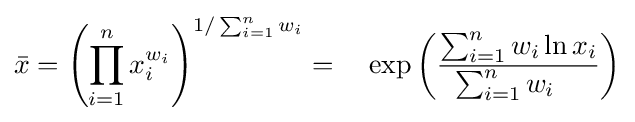
{\bar {x}}=\left(\prod _{i=1}^{n}x_{i}^{w_{i}}\right)^{1/\sum _{i=1}^{n}w_{i}}=\quad \exp \left({\frac {\sum _{i=1}^{n}w_{i}\ln x_{i}}{\sum _{i=1}^{n}w_{i}\quad }}\right)